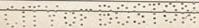
CITY OF BOSTON